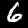
Label: 6